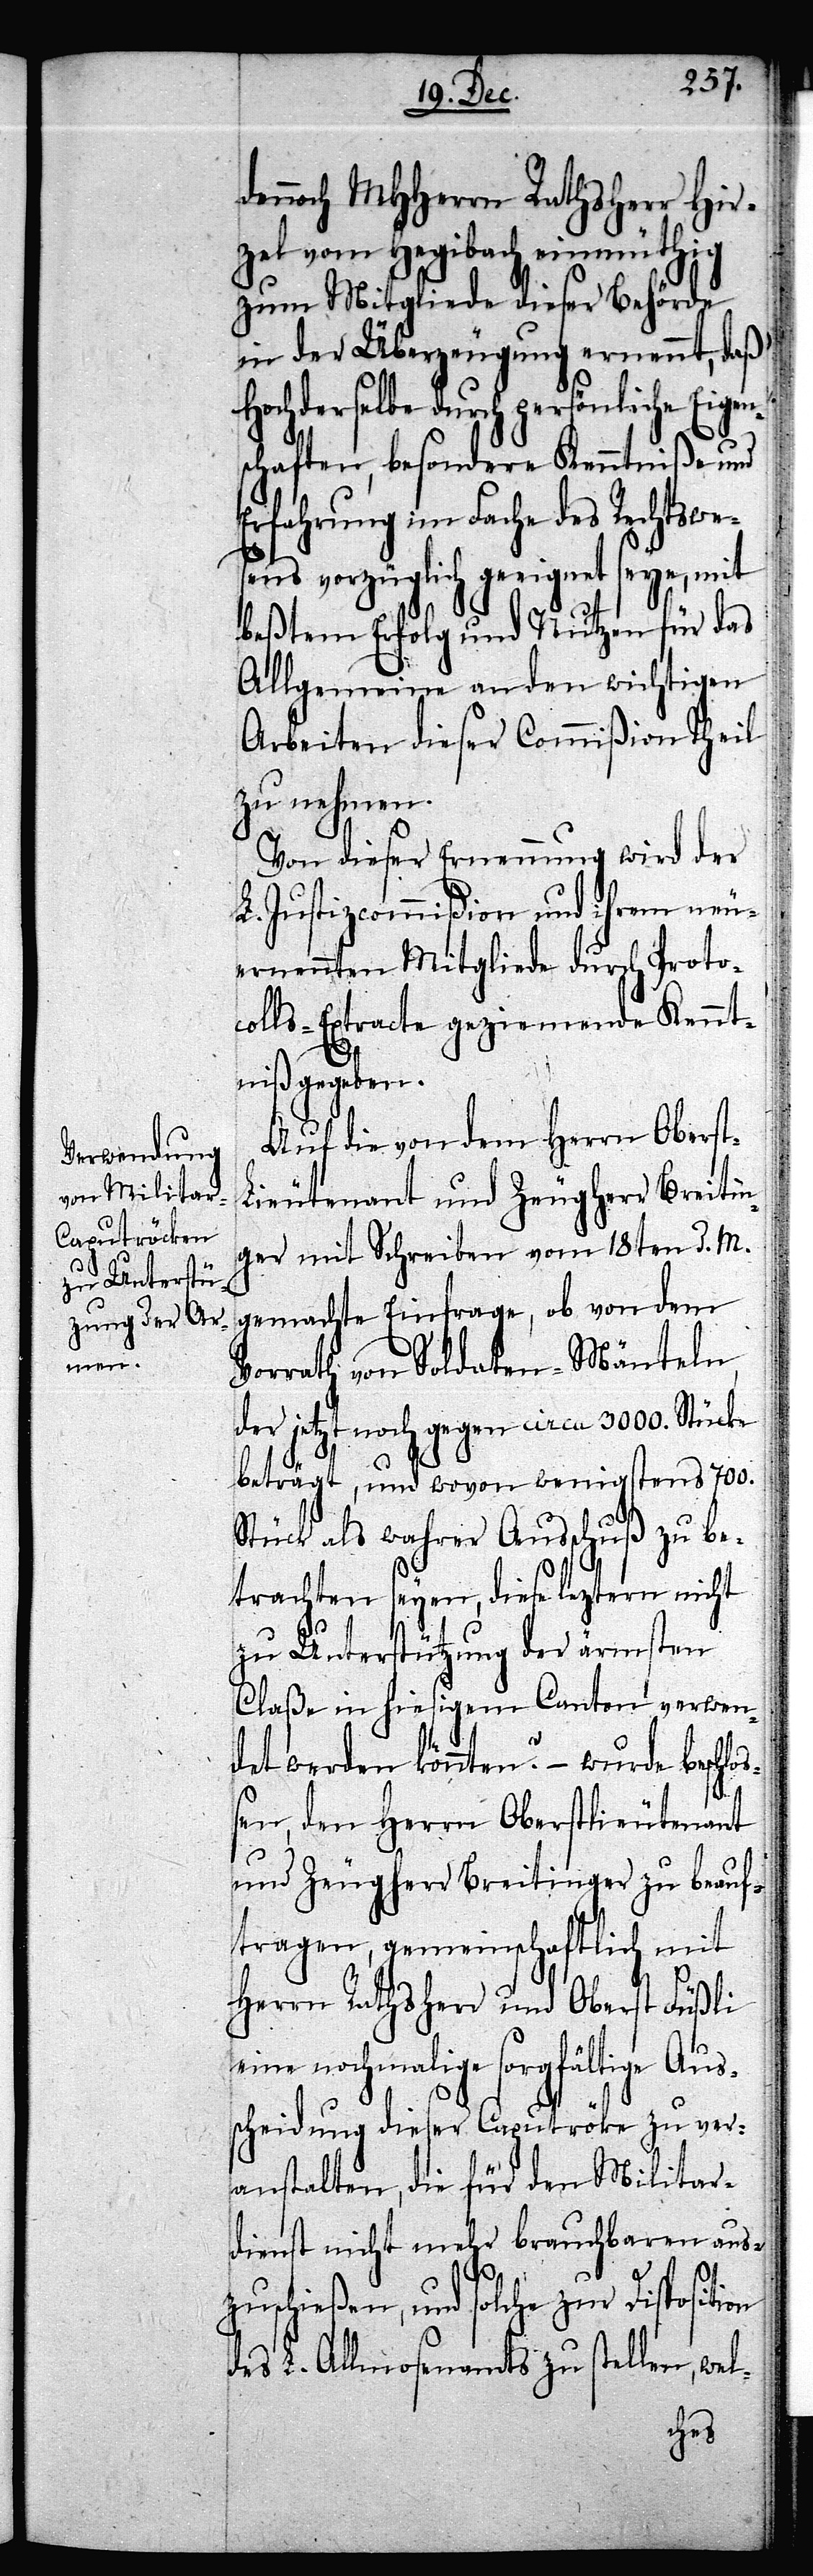
ion

dennoch MHHerrn Rathsherr Hir¬
zel vom Hegibach einmüthig
zum Mitgliede dieser Behörde
in der Überzeugung ernennt, daß
Hochderselbe durch persönliche Eigen¬
schaften, besondere Kenntniße und
Erfahrung im Fache des Rechtswe¬
sens vorzüglich geeignet seye, mit
beßtem Erfolg und Nutzen für das
Allgemeine an den wichtigen
Arbeiten dieser Commißion theil
zu nehmen.
Von dieser Ernennung wird der
L. Justizcommißion und ihrem neu¬
ernennten Mitgliede durch Proto¬
colls-Extracte geziemende Kennt¬
niß gegeben.
Auf die von dem Herrn Obers¬
ieutenant und Zeugherr Breitin¬
ger mit Schreiben vom 18ten d. M.
gemachte Einfrage, ob von dem
Vorrath von Soldaten-Mänteln,
der jetzt noch gegen circa 3000. Stück
beträgt, und wovon wenigstens 700.
Stück als wahrer Ausschuß zu be¬
trachten seyen, diese leztern nicht
zu Unterstützung der ärmsten
Claße in hiesigem Canton verwen¬
det werden könnten? – wurde beschlo¬
ßen, den Herrn Oberstlieutenant
und Zeugherr Breitinger zu beauf¬
tragen, gemeinschaftlich mit
Herrn Rathsherr und Oberst Füßli
nochmalige sorgfältige Aus¬
scheidung dieser Caputröcke zu ver¬
anstalten, die für den Militar¬
dienst nicht mehr brauchbaren aus¬
zuschießen, und solche zur Disposit¬
des L. Allmosenamts zu stellen, wel-